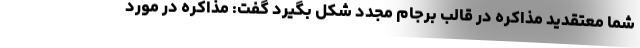
شما معتقدید مذاکره در قالب برجام مجدد شکل بگیرد گفت: مذاکره در مورد